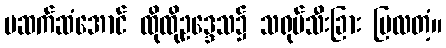
မဆက်ဆံအောင် ထိုထိုဥဒ္ဒေသ၌ သရုပ်သီးခြား ပြလတံ့။